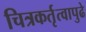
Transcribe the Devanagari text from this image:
चित्रकर्तृत्वापुढे